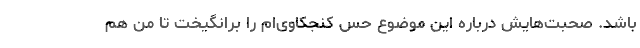
باشد. صحبت‌هایش درباره این موضوع حس کنجکاوی‌ام را برانگیخت تا من هم